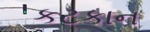
કટકાન